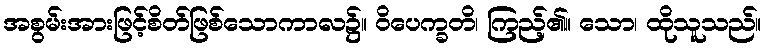
အစွမ်းအားဖြင့်စိတ်ဖြစ်သောကာလ၌။ ဝိပေက္ခတိ၊ ကြည့်၏။ သော၊ ထိုသူသည်။